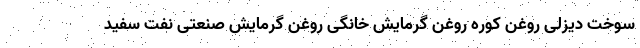
سوخت دیزلی روغن کوره روغن گرمایش خانگی روغن گرمایش صنعتی نفت سفید